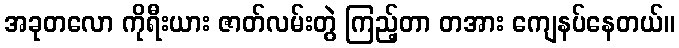
အခုတလော ကိုရီးယား ဇာတ်လမ်းတွဲ ကြည့်တာ တအား ကျေနပ်နေတယ်။